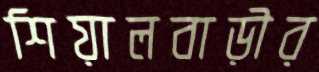
শিয়ালবাড়ীর